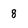
Character: 8